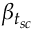
\beta _ { t _ { s c } }